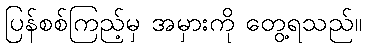
ပြန်စစ်ကြည့်မှ အမှားကို တွေ့ရသည်။